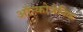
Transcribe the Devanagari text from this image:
ऑन्कोजेनिक